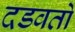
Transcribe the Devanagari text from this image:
दडवतो